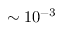
\sim 1 0 ^ { - 3 }